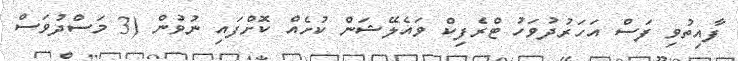
ފާއިތުވި ފަސް އަހަރުދުވަހު ޓްރެފިކް ވައެލޭޝަން ކުށެއް ކޮށްފައި ނުވުން (3 މަސްދުވަސް